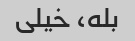
بله، خیلی